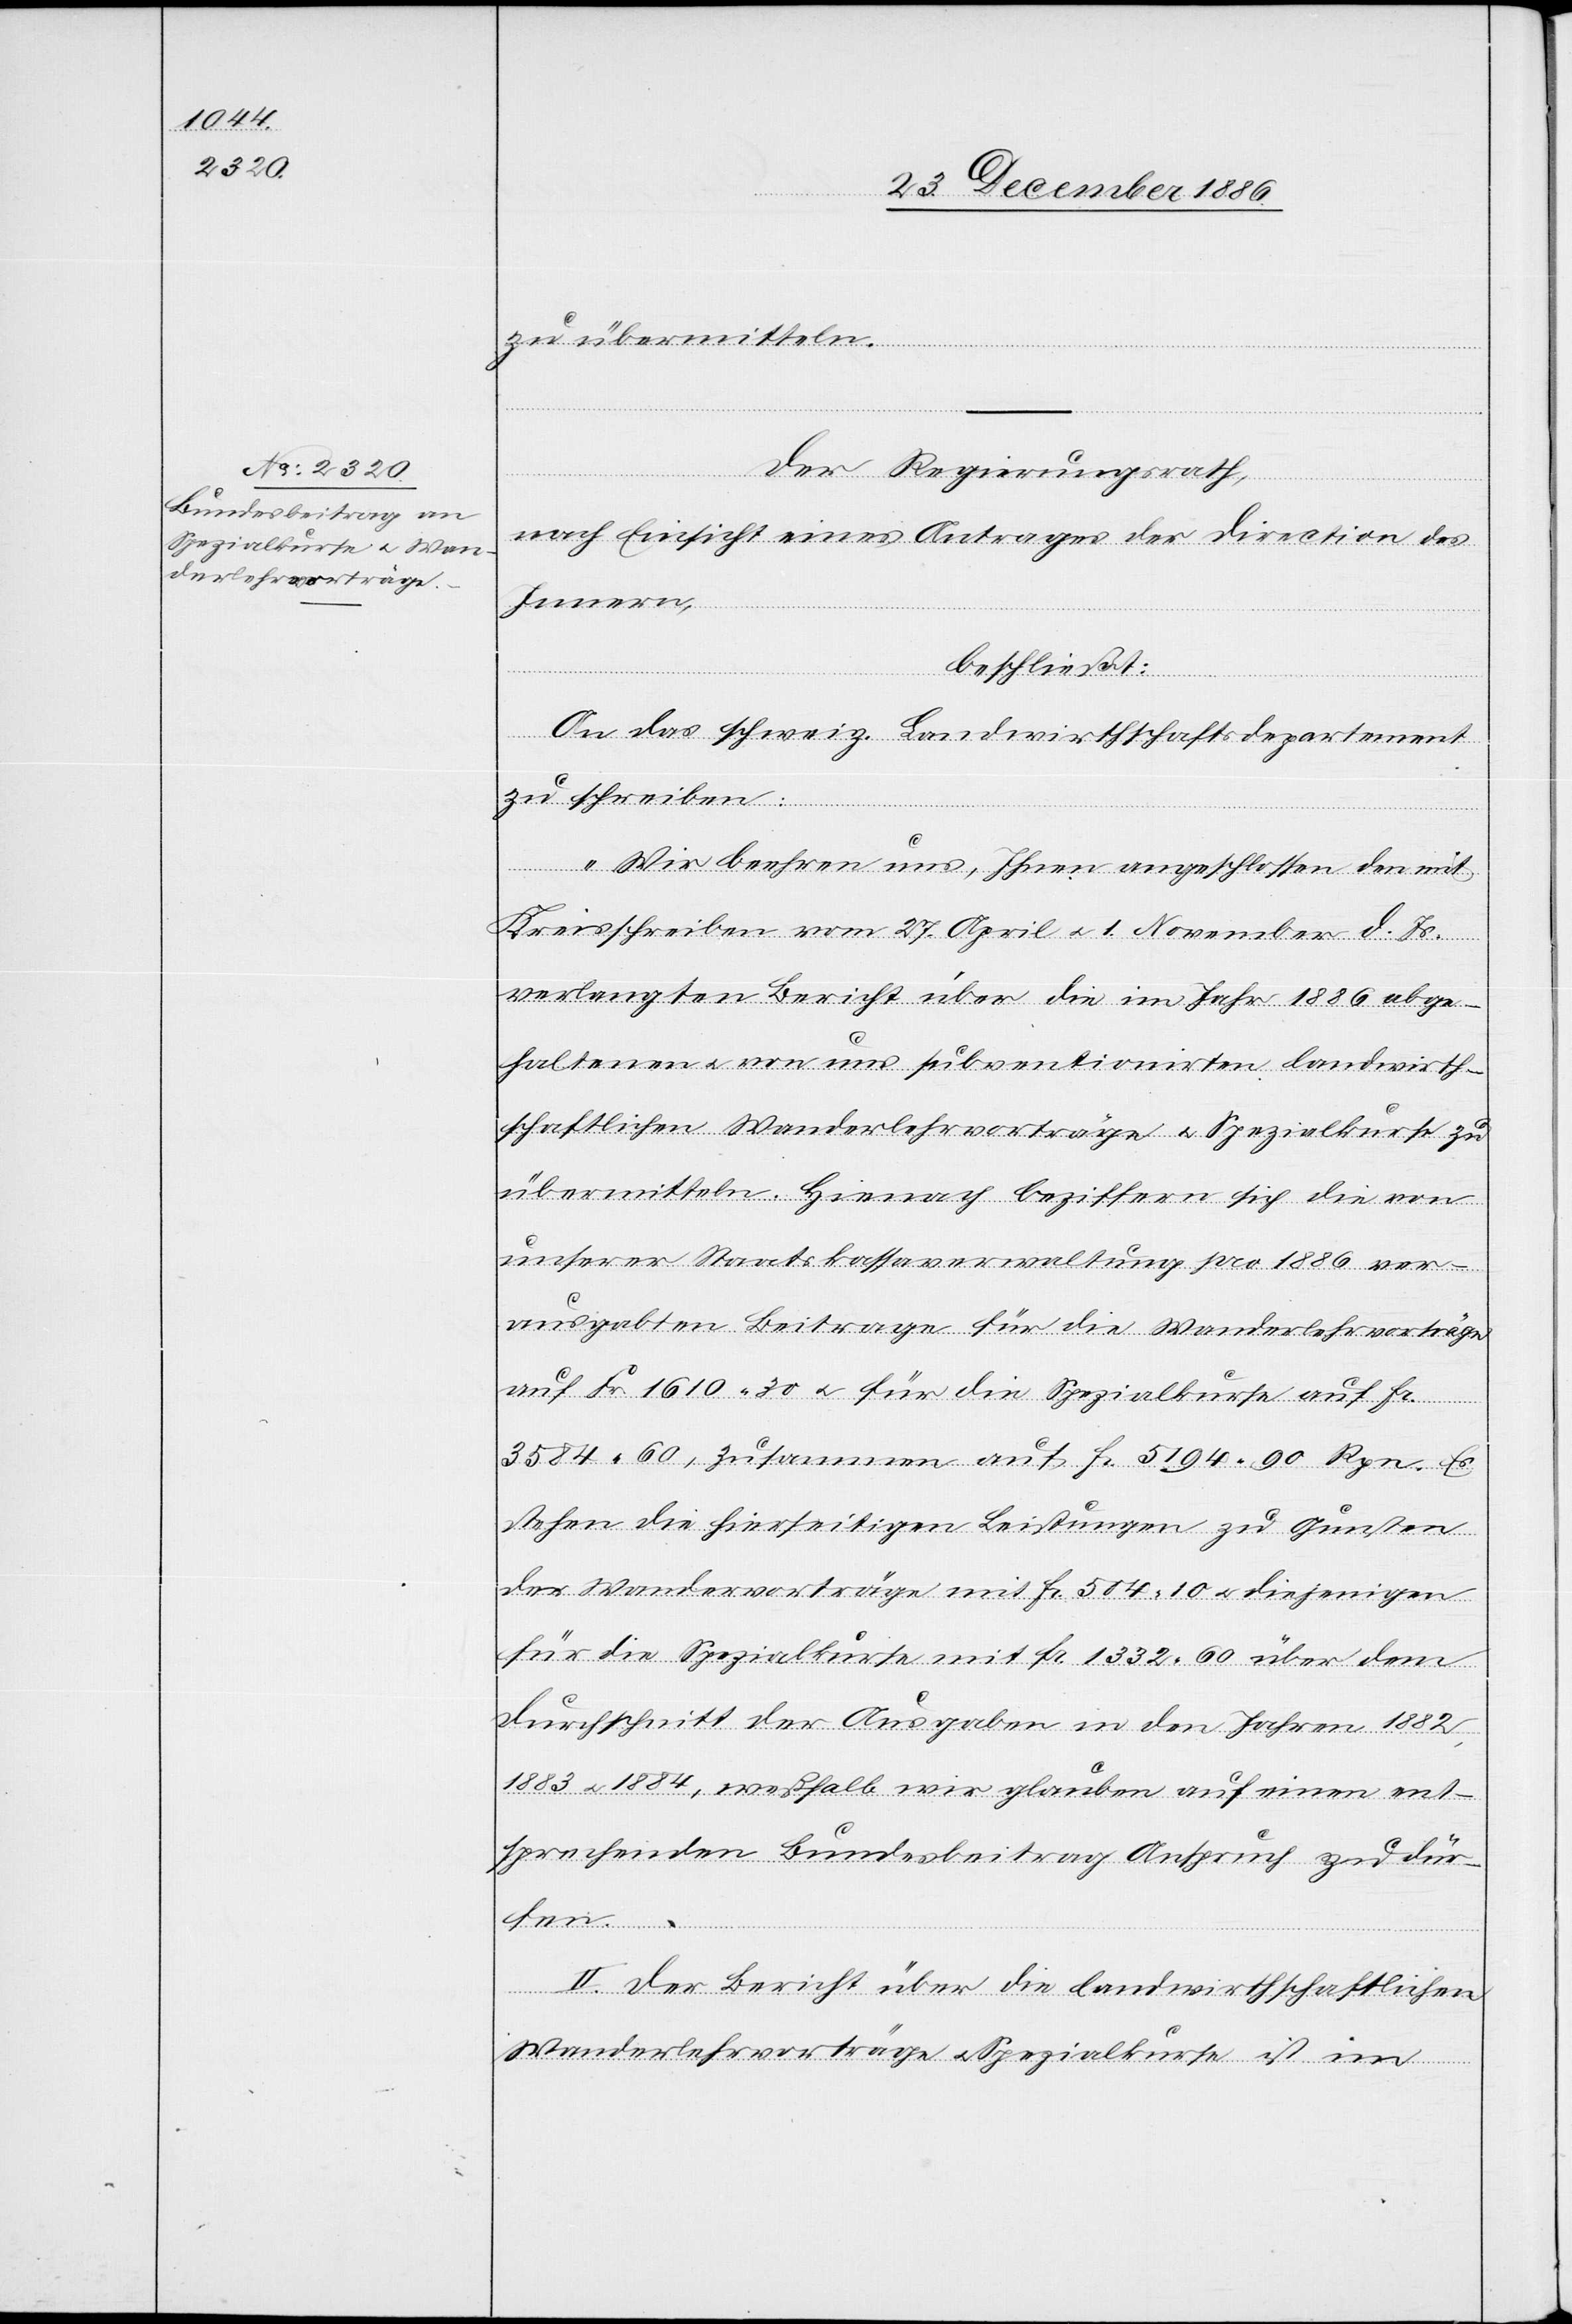
fen
zu übermitteln.
Der Regierungsrath,
nach Einsicht eines Antrages der Direction des
Innern,
beschließt:
An das schweiz. Landwirthschaftsdepartement
zu schreiben:
„Wir beehren uns, Ihnen angeschlossen den mit
Kreisschreiben vom 27. April & 1. November d. Js.
verlangten Bericht über die im Jahr 1886 abge¬
haltenen & von uns subventionirten landwirth¬
schaftlichen Wanderlehrvorträge & Spezialkurse zu
übermitteln. Hienach beziffern sich die von
unserer Staatskassaverwaltung pro 1886 ver¬
ausgabten Beitrage [sic!] für die Wanderlehrvorträge
auf Fr. 1610 30 & für die Spezialkurse auf Fr.
3584 60, zusammen auf Fr. 5194 90 Rpn. Es
stehen die hierseitigen Leistungen zu Gunsten
der Wandervorträge mit Fr. 504 10 & diejenigen
für die Spezialkurse mit Fr. 1332 60 über dem
Durchschnitt der Ausgaben in den Jahren 1882,
1883 & 1884, weßhalb wir glauben auf einen ent¬
sprechenden Bundesbeitrag Anspruch zu dür¬
II. Der Bericht über die landwirthschaftlichen
Wanderlehrvorträge & Spezialkurse ist im